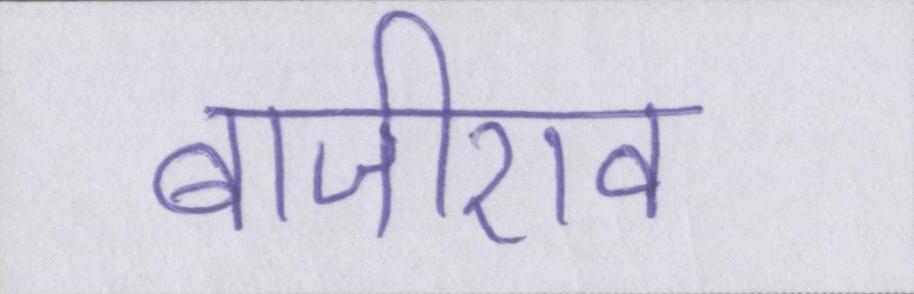
बाजीराव